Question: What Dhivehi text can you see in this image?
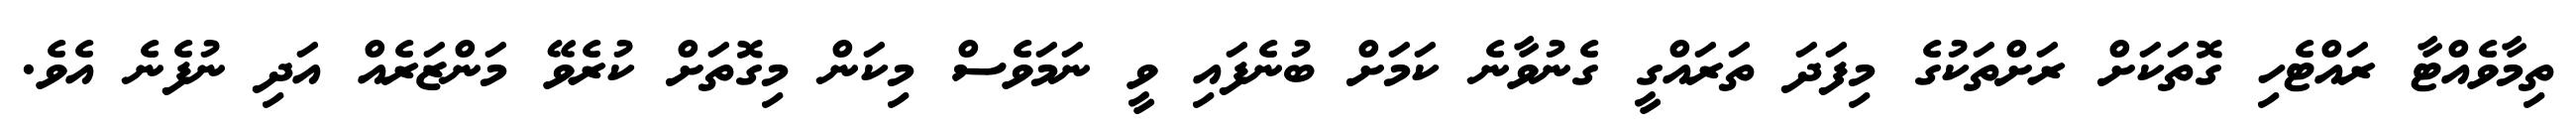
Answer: ތިމާވެއްޓާ ރައްޓެހި ގޮތަކަށް ރަށްތަކުގެ މިފަދަ ތަރައްގީ ގެނުވާނެ ކަމަށް ބުނެފައި ވީ ނަމަވެސް މިކަން މިގޮތަށް ކުރެވޭ މަންޒަރެއް އަދި ނުފެނެ އެވެ.